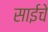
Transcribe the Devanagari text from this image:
साईचे